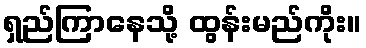
ရှည်ကြာနေသို့ ထွန်းမည်ကိုး။